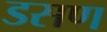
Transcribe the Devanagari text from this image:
डसण